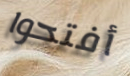
أفتحوا